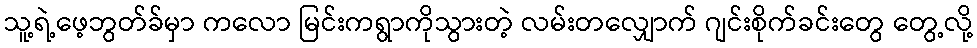
သူ့ရဲ့ဖေ့ဘွတ်ခ်မှာ ကလော မြင်းကရွာကိုသွားတဲ့ လမ်းတလျှောက် ဂျင်းစိုက်ခင်းတွေ တွေ့လို့